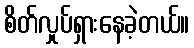
စိတ်လှုပ်ရှားနေခဲ့တယ်။